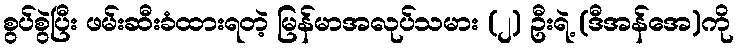
စွပ်စွဲပြီး ဖမ်းဆီးခံထားရတဲ့ မြန်မာအလုပ်သမား (၂) ဦးရဲ့ (ဒီအန်အေ)ကို